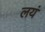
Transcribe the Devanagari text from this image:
लयं